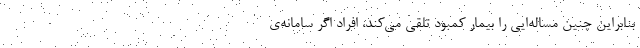
بنابراین چنین مساله‌ایی را بیمار کمبود تلقی می‌کند، افراد اگر سامانه‌ی